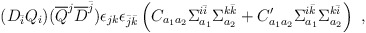
\begin{align*}(D_{\bar i} Q_i)({\overline Q}^j {\overline D}^{\bar j} ) \epsilon_{jk} \epsilon_{{\bar j}{\bar k}}\left(C_{a_1 a_2} \Sigma^{i{\bar i}}_{a_1} \Sigma^{k{\bar k}}_{a_2} + C^\prime_{a_1 a_2} \Sigma^{i{\bar k}}_{a_1} \Sigma^{k{\bar i}}_{a_2}\right)~,\end{align*}